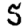
Digit: 5